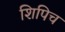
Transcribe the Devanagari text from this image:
शिपिच